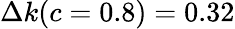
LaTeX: \Delta k(c=0.8)=0.32